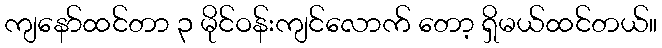
ကျနော်ထင်တာ ၃ မိုင်ဝန်းကျင်လောက် တော့ ရှိမယ်ထင်တယ်။